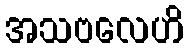
အသဗလေဟိ